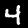
Label: 4